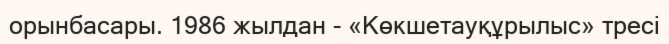
орынбасары. 1986 жылдан - «Көкшетауқұрылыс» тресі